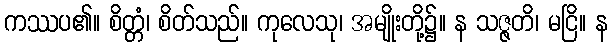
ကဿပ၏။ စိတ္တံ၊ စိတ်သည်။ ကုလေသု၊ အမျိုးတို့၌။ န သဇ္ဇတိ၊ မငြိ။ န